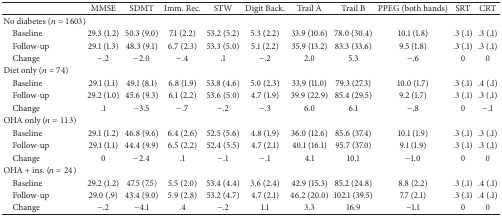
<table><thead><tr><td><b> </b></td><td><b>MMSE</b></td><td><b>SDMT</b></td><td><b>Imm. Rec.</b></td><td><b>STW</b></td><td><b>Digit Back.</b></td><td><b> Trail A</b></td><td><b> Trail B</b></td><td><b>PPEG (both hands)</b></td><td><b>SRT</b></td><td><b>CRT</b></td></tr></thead><tbody><tr><td>No diabetes (<i>n</i> = 1603)</td><td> </td><td> </td><td> </td><td> </td><td> </td><td> </td><td> </td><td> </td><td> </td><td> </td></tr><tr><td> Baseline</td><td>29.3 (1.2)</td><td>50.3 (9.0)</td><td>7.1 (2.2)</td><td>53.2 (5.2)</td><td>5.3 (2.2)</td><td>33.9 (10.6)</td><td>78.0 (30.4)</td><td>10.1 (1.8)</td><td>.3 (.1)</td><td>.3 (.1)</td></tr><tr><td> Follow-up</td><td>29.1 (1.3)</td><td>48.3 (9.1)</td><td>6.7 (2.3)</td><td>53.3 (5.0)</td><td>5.1 (2.2)</td><td>35.9 (13.2)</td><td>83.3 (33.6)</td><td>9.5 (1.8)</td><td>.3 (.1)</td><td>.3 (.1)</td></tr><tr><td> Change</td><td>−.2</td><td>−2.0</td><td>−.4</td><td>.1</td><td>−.2</td><td>2.0</td><td>5.3</td><td>−.6</td><td>0</td><td>0</td></tr><tr><td>Diet only (<i>n</i> = 74)</td><td> </td><td> </td><td> </td><td> </td><td> </td><td> </td><td> </td><td> </td><td> </td><td> </td></tr><tr><td> Baseline </td><td>29.1 (1.1)</td><td>49.1 (8.1)</td><td>6.8 (1.9)</td><td>53.8 (4.6)</td><td>5.0 (2.3)</td><td>33.9 (11.0)</td><td>79.3 (27.3)</td><td>10.0 (1.7)</td><td>.3 (.1)</td><td>.4 (.1)</td></tr><tr><td> Follow-up</td><td>29.2 (1.0)</td><td>45.6 (9.3)</td><td>6.1 (2.2)</td><td>53.6 (5.0)</td><td>4.7 (1.9)</td><td>39.9 (22.9)</td><td>85.4 (29.5)</td><td>9.2 (1.7)</td><td>.3 (.1)</td><td>.3 (.1)</td></tr><tr><td> Change</td><td>.1</td><td>−3.5</td><td>−.7</td><td>−.2</td><td>−.3</td><td>6.0</td><td>6.1</td><td>−.8</td><td>0</td><td>−.1</td></tr><tr><td>OHA only (<i>n</i> = 113)</td><td> </td><td> </td><td> </td><td> </td><td> </td><td> </td><td> </td><td> </td><td> </td><td> </td></tr><tr><td> Baseline </td><td>29.1 (1.2)</td><td>46.8 (9.6)</td><td>6.4 (2.6)</td><td>52.5 (5.6)</td><td>4.8 (1.9)</td><td>36.0 (12.6)</td><td>85.6 (37.4)</td><td>10.1 (1.9)</td><td>.3 (.1)</td><td>.3 (.1)</td></tr><tr><td> Follow-up</td><td>29.1 (1.1)</td><td>44.4 (9.9)</td><td>6.5 (2.2)</td><td>52.4 (5.5)</td><td>4.7 (2.1)</td><td>40.1 (16.1)</td><td>95.7 (37.0)</td><td>9.1 (1.9)</td><td>.3 (.1)</td><td>.3 (.1)</td></tr><tr><td> Change</td><td>0</td><td>−2.4</td><td>.1</td><td>−.1</td><td>−.1</td><td>4.1</td><td>10.1</td><td>−1.0</td><td>0</td><td>0</td></tr><tr><td>OHA + ins. (<i>n</i> = 24)</td><td> </td><td> </td><td> </td><td> </td><td> </td><td> </td><td> </td><td> </td><td> </td><td> </td></tr><tr><td> Baseline </td><td>29.2 (1.2)</td><td>47.5 (7.5)</td><td>5.5 (2.0)</td><td>53.4 (4.4)</td><td>3.6 (2.4)</td><td>42.9 (15.3)</td><td>85.2 (24.8)</td><td>8.8 (2.2)</td><td>.3 (.1)</td><td>.4 (.1)</td></tr><tr><td> Follow-up</td><td>29.0 (.9)</td><td>43.4 (9.0)</td><td>5.9 (2.8)</td><td>53.2 (4.7)</td><td>4.7 (2.1)</td><td>46.2 (20.0)</td><td>102.1 (39.5)</td><td>7.7 (2.1)</td><td>.3 (.1)</td><td>.4 (.1)</td></tr><tr><td> Change</td><td>−.2</td><td>−4.1</td><td>.4</td><td>−.2</td><td>1.1</td><td>3.3</td><td>16.9</td><td>−1.1</td><td>0</td><td>0</td></tr></tbody></table>